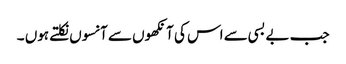
جب بے بسی سے اس کی آنکھوں سے آنسوں نکلتے ہوں ۔